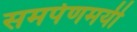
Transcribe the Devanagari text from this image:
समर्पणमयी